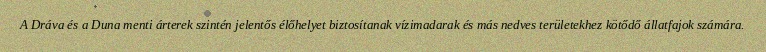
A Dráva és a Duna menti árterek szintén jelentős élőhelyet biztosítanak vízimadarak és más nedves területekhez kötődő állatfajok számára.